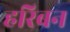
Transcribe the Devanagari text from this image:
हरिबन